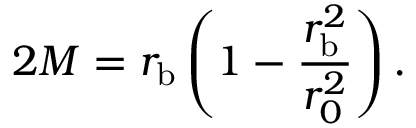
2 M = r _ { \mathrm { b } } \left( 1 - \frac { r _ { \mathrm { b } } ^ { 2 } } { r _ { 0 } ^ { 2 } } \right) .